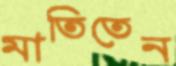
মাতিতেন